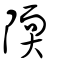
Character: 陾